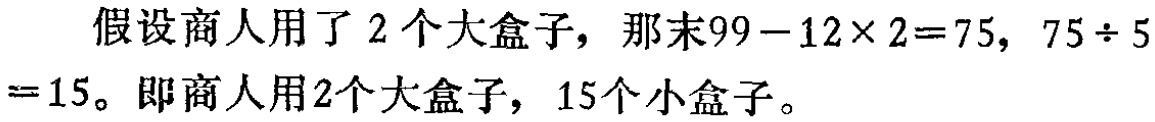
假设商人用了 \(2\) 个大盒子，那末\(99 - 12\times 2 = 75\)，\(75\div 5 = 15\)。即商人用\(2\)个大盒子，\(15\)个小盒子。